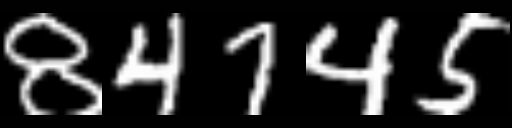
Text: 84745